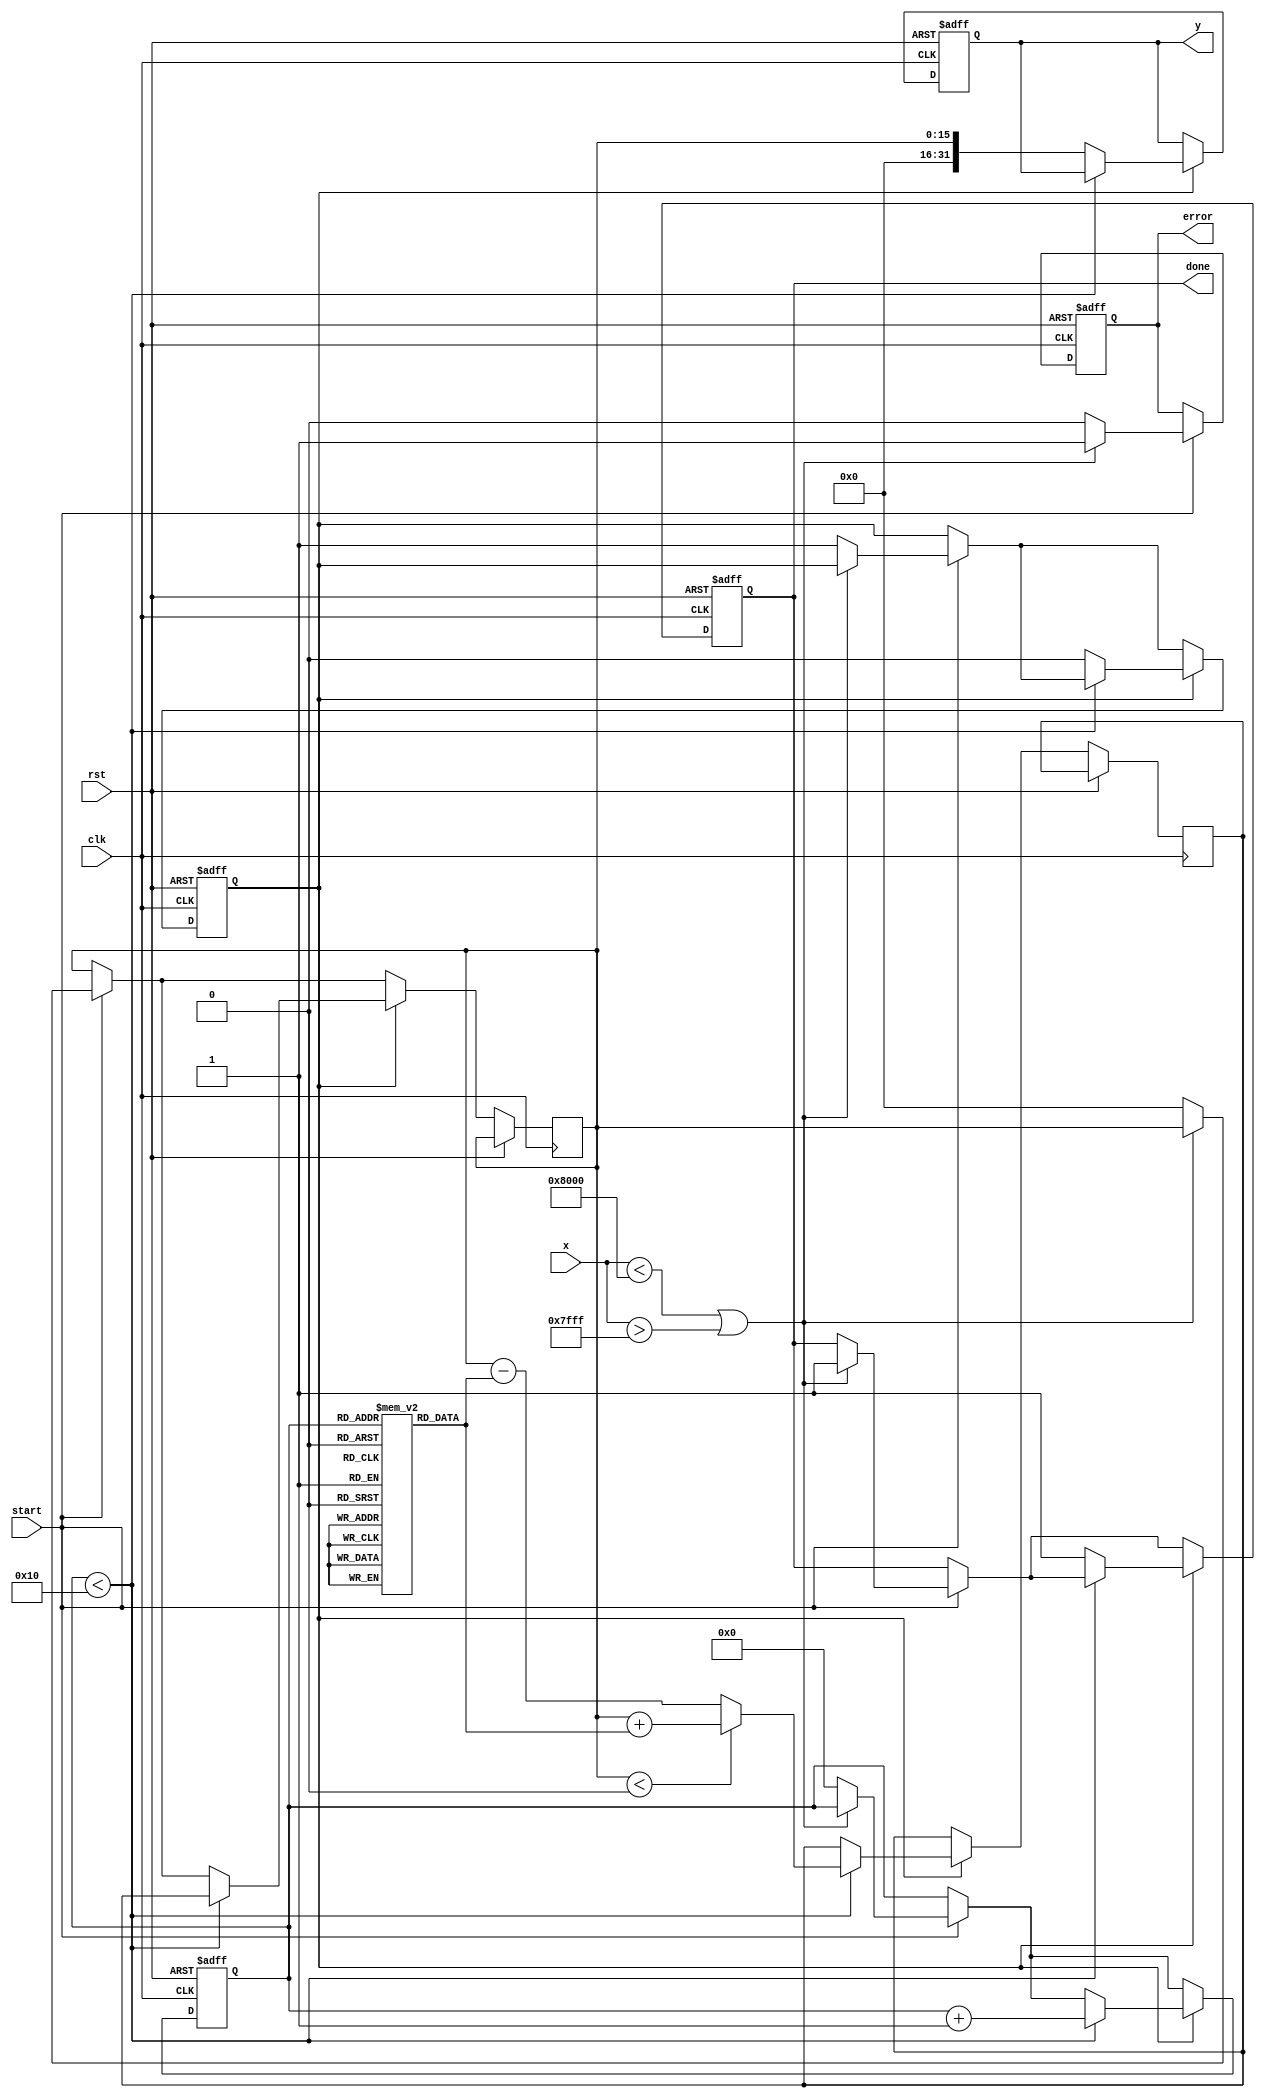
module atan_block #(parameter N = 16, M = 32) (
    input wire clk,
    input wire rst,
    input wire [N-1:0] x, // Input value (fixed-point representation)
    input wire start,      // Start signal for computation
    output reg [M-1:0] y,  // Output value (angle in radians)
    output reg done,       // Done signal to indicate completion
    output reg error       // Error signal for out-of-range inputs
);

    // CORDIC constants
    localparam NUM_ITERATIONS = 16;
    reg [N-1:0] x_curr, y_curr, z_curr; // Current x, y, z values
    reg [N-1:0] x_next, y_next, z_next; // Next x, y, z values
    reg [3:0] iter;                     // Iteration counter
    reg processing;                     // Processing state

    // CORDIC rotation angles (in fixed-point format)
    reg [N-1:0] atan_table [0:NUM_ITERATIONS-1];
    
    initial begin
        // Initialize arctangent lookup table (fixed-point representation)
        atan_table[0] = 16'h3243; // /4
        atan_table[1] = 16'h1DAC; // /8
        atan_table[2] = 16'h0FAE; // /16
        atan_table[3] = 16'h07A2; // /32
        atan_table[4] = 16'h03D5; // /64
        atan_table[5] = 16'h01EA; // /128
        atan_table[6] = 16'h00FE; // /256
        atan_table[7] = 16'h007F; // /512
        atan_table[8] = 16'h003F; // /1024
        atan_table[9] = 16'h001F; // /2048
        atan_table[10] = 16'h000F; // /4096
        atan_table[11] = 16'h0007; // /8192
        atan_table[12] = 16'h0003; // /16384
        atan_table[13] = 16'h0001; // /32768
        atan_table[14] = 16'h0000; // /65536
        atan_table[15] = 16'h0000; // /131072
    end

    always @(posedge clk or posedge rst) begin
        if (rst) begin
            y <= 0;
            done <= 0;
            error <= 0;
            processing <= 0;
            iter <= 0;
        end else begin
            if (start) begin
                // Input validation
                if (x < 16'h8000 || x > 16'h7FFF) begin // Check if x is in range [-1, 1]
                    error <= 1;
                    done <= 1;
                end else begin
                    error <= 0;
                    processing <= 1;
                    x_curr <= x;
                    y_curr <= 0;
                    z_curr <= 0;
                    iter <= 0;
                end
            end
            
            if (processing) begin
                if (iter < NUM_ITERATIONS) begin
                    // CORDIC rotation
                    if (z_curr < 0) begin
                        x_next <= x_curr + (y_curr >>> iter);
                        y_next <= y_curr - (x_curr >>> iter);
                        z_next <= z_curr + atan_table[iter];
                    end else begin
                        x_next <= x_curr - (y_curr >>> iter);
                        y_next <= y_curr + (x_curr >>> iter);
                        z_next <= z_curr - atan_table[iter];
                    end
                    
                    // Update current values
                    x_curr <= x_next;
                    y_curr <= y_next;
                    z_curr <= z_next;
                    iter <= iter + 1;
                end else begin
                    // Completed iterations
                    y <= z_curr;
                    done <= 1;
                    processing <= 0;
                end
            end
        end
    end

endmodule